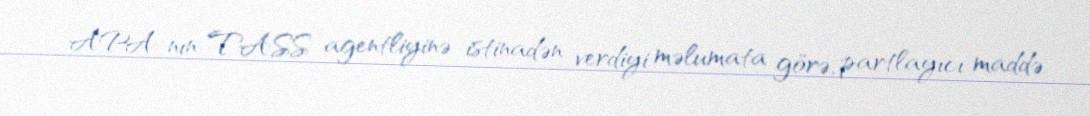
APA-nın TASS agentliyinə istinadən verdiyi məlumata görə, partlayıcı maddə